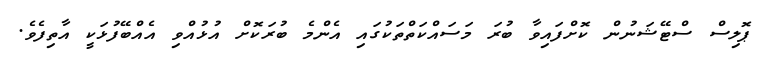
ޕޮލިސް ސްޓޭޝަނުން ކޮށްފައިވާ ބުރަ މަސައްކަތްތަކުގައި އެންމެ ބުރަކޮށް އުޅުއްވި އެއްބޭފުޅަކީ އާތިފެވެ.